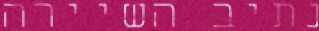
נתיב השיירה